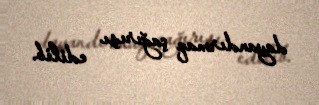
dayandırmaq çağırışı edilib.